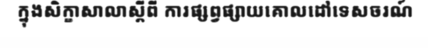
ក្នុងសិក្ខាសាលាស្តីពី ការផ្សព្វផ្សាយគោលដៅទេសចរណ៍